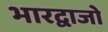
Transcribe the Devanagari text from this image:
भारद्वाजो